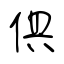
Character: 俱